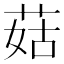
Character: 菇